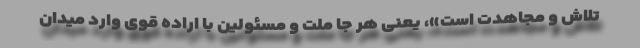
تلاش و مجاهدت است»، یعنی هر جا ملت و مسئولین با اراده قوی وارد میدان